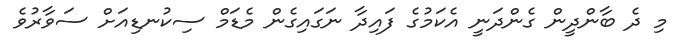
މި ދެ ބާންދީން ގެންދަނީ އެކަމުގެ ފައިދާ ނަގައިގެން މެޑަމް ސިކުނޑިއަށް ސަވާރުވެ